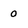
Character: 0